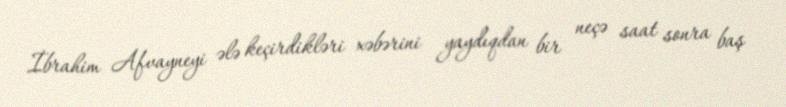
İbrahim Afvayneyi ələ keçirdikləri xəbərini yaydıqdan bir neçə saat sonra baş